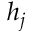
h _ { j }